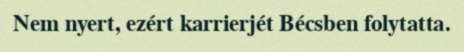
Nem nyert, ezért karrierjét Bécsben folytatta.